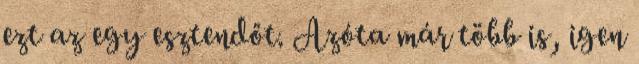
ezt az egy esztendőt. Azóta már több is, igen